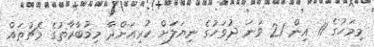
މިމަހުގެ 11 އިން 21 ވަނަ ދުވަހުގެ ނިޔަލަށް ކުރިއަށްދާ މިމުބާރާތުގެ މެޗުތައް